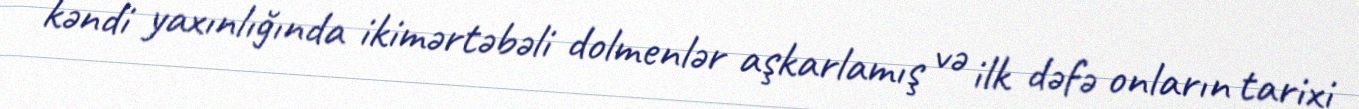
kəndi yaxınlığında ikimərtəbəli dolmenlər aşkarlamış və ilk dəfə onların tarixi